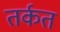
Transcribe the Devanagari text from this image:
तर्कत